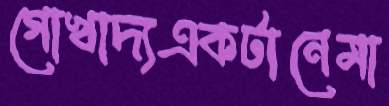
গোখাদ্যএকটানেমা